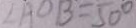
\angle A D B = 5 0 ^ { \circ }